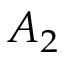
A _ { 2 }